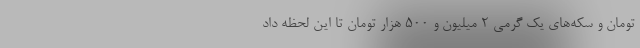
تومان و سکه‌های یک گرمی 2 میلیون و 500 هزار تومان تا این لحظه داد